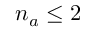
n _ { a } \leq 2